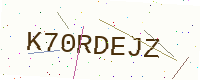
Text: K70RDEJZ